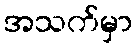
အသက်မှာ